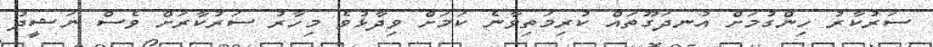
ސަރުކާރު ހިންގުމަށް އުނދަގޫތައް ކުރިމަތިވާނެ ކަމަށް ވިދާޅުވެ މިހާރު ސަރުކާރަށް ވެސް ނަޝީދު